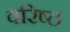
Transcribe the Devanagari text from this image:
वरिष्‍ठ